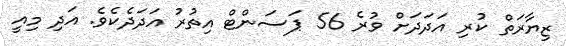
ޒިޔާރަތް ކުރި އަދަދަށް ވުރެ 56 ޕަސަންޓް އިތުރު އަދަދެކެވެ. އަދި މިއީ